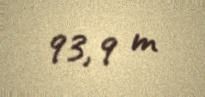
93,9 m